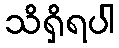
သိရှိရပါ